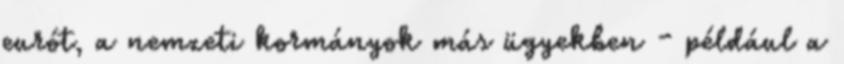
eurót, a nemzeti kormányok más ügyekben - például a